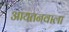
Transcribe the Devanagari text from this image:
आयतनवाला